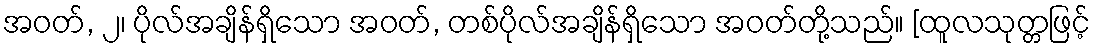
အဝတ်, ၂၊ ပိုလ်အချိန်ရှိသော အဝတ်, တစ်ပိုလ်အချိန်ရှိသော အဝတ်တို့သည်။ [ထူလသုတ္တဖြင့်